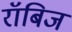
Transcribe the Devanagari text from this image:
रॉबिज